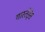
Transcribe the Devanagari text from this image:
गास्तेईस